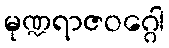
မုဏ္ဍရာဇဝဂ္ဂေါ